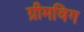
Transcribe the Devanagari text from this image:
ग्रीमविग